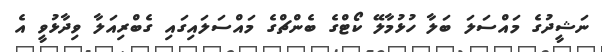
ނަޝީދުގެ މައްސަލަ ބަލާ ހުޅުމާލޭ ކޯޓްގެ ބެންޗްގެ މައްސަލައިގައި ގެބްރިއަލާ ވިދާޅުވީ އެ